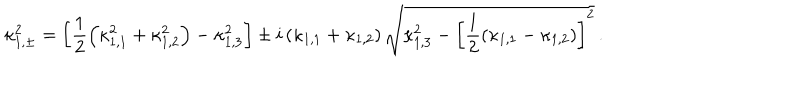
\kappa _ { 1 , \pm } ^ { 2 } = \left[ \frac { 1 } { 2 } \left( \kappa _ { 1 , 1 } ^ { 2 } + \kappa _ { 1 , 2 } ^ { 2 } \right) - \kappa _ { 1 , 3 } ^ { 2 } \right] \pm i \left( \kappa _ { 1 , 1 } + \kappa _ { 1 , 2 } \right) \sqrt { \kappa _ { 1 , 3 } ^ { 2 } - \left[ \frac { 1 } { 2 } \left( \kappa _ { 1 , 1 } - \kappa _ { 1 , 2 } \right) \right] ^ { 2 } } \, .